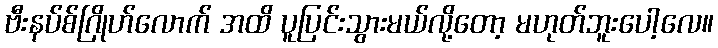
ဗီးနပ်စ်ဂြိုဟ်လောက် အထိ ပူပြင်းသွားမယ်လို့တော့ မဟုတ်ဘူးပေါ့လေ။